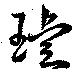
璿